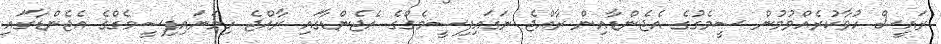
ރައީސް ހުވާކުރެއްވުމުން ސީމެގުގެ އެޖެންޑާއިން ރާއްޖެ ނަގައިފިސީމެގްގެ އެޖެންޑާގައި ރާއްޖެ ހިމަނައިފިސީމެގްގެ އެޖެންޑާގައި